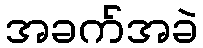
အခက်အခဲ